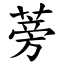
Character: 蒡